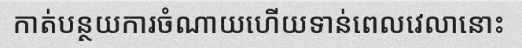
កាត់បន្ថយការចំណាយហើយទាន់ពេលវេលានោះ